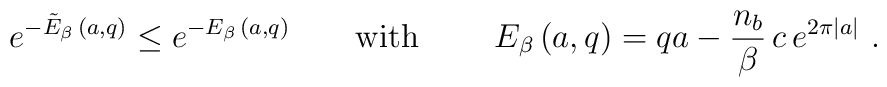
\left. e^{ - \tilde{E}_{\beta} \, (a,q)} \leq e^{ - E_{\beta} \, (a,q)} \ \ \ \ \ \ \mbox{with} \ \ \ \ \ \ \ E_{\beta} \, (a,q) = q a - \frac{n_{b}}{\beta} \, c \, e^{2 \pi |a|} \ .  \right.